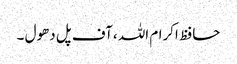
حافظ اکرام اللہ ،آف پل دھول ۔